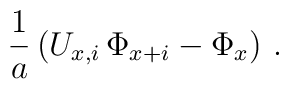
{1 \over a} \left( U_{x,i} \,\Phi_{x+i} - \Phi_x \right) \,.